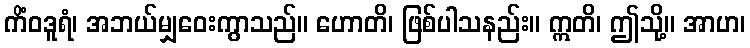
ကိံဝဒူရံ၊ အဘယ်မျှဝေးကွာသည်။ ဟောတိ၊ ဖြစ်ပါသနည်း။ ဣတိ၊ ဤသို့။ အာဟ၊